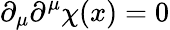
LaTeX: \partial_{\mu}\partial^{\mu}\chi(x)=0